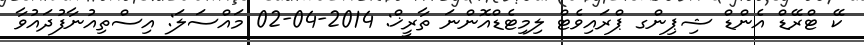
ކޭ ޓްރޭޑް އެންޑް ޝިޕިންގ ޕްރައިވެޓް ލިމިޓެޑްއޮންނަ ތާރީޚް: 2014-04-02 މައްސަލަ: އިސްތިއުނާފުދައުވާ